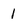
Character: 1